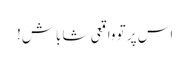
اس پر تو واقعی شاباش!